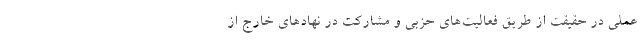
عملی در حقیقت از طریق فعالیت‌های حزبی و مشارکت در نهادهای خارج از